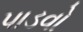
પાડવો